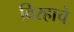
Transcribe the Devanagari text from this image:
विरहाचे